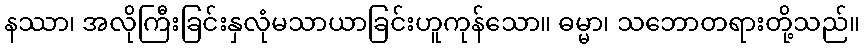
နဿာ၊ အလိုကြီးခြင်းနှလုံမသာယာခြင်းဟူကုန်သော။ ဓမ္မာ၊ သဘောတရားတို့သည်။